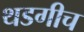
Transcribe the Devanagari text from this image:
थडगीच